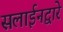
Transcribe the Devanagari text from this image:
सलाईनद्वारे